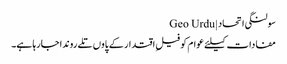
سولنگی اتحاد | Geo Urdu
مفادات کیلئے عوام کو فیلِ اقتدار کے پاوں تلے روندا جارہا ہے۔